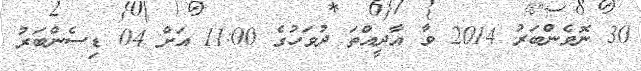
30 ނޮވެންބަރު 2014 ވާ އާދީއްތަ ދުވަހުގެ 11:00 އަށް 04 ޑިސެންބަރު